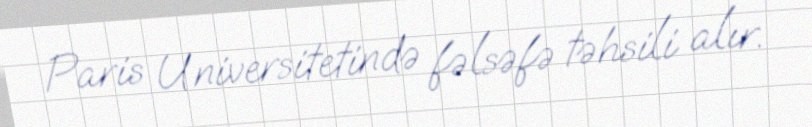
Paris Universitetində fəlsəfə təhsili alır.